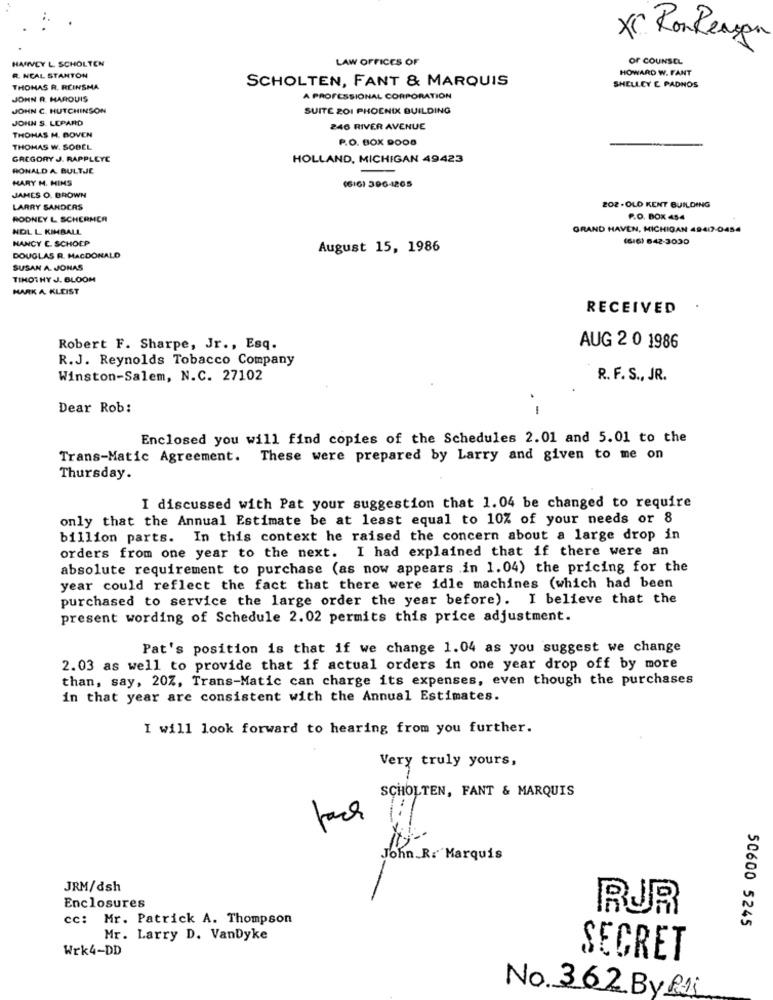
XC RonReagan
HARVEY L. SCHOLTEN
LAW OFFICES OF
of COUNSEL
HOWARD W. FANT
R. NCAL STANTON
SCHOLTEN, FANT & MARQUIS
SHELLEY EC PADNOS
THOMAS R. REINSMA
JOHN R. HAROUIS
A PROFESSIONAL CORPORATION
JOHN C. HUTCHINSON
SUITE 201 PHOENIX BUILDING
JOHN S. LEPARD
246 RIVER AVENUE
THOMAS M. BOVEN
P.O. BOX DOOS
THOMAS W. SODEL
GREGORY J. RAPPLEYE
HOLLAND, MICHIGAN 49423
RONALD A. BULTJE
HARY M. HINS
(616) 3964265
JAMES O. BROWN
LARRY SANDERS
202-OLD KENT BUILDING
RODNEY L SCHERMER
P.O. BOX 454
NOL L KIMBALL
GRAND HAVEN, MICHIGAN 49417-0454
NANCY C. SCHOEP
(6/6) 642-3030
August 15, 1986
DOUGLAS R. MACDONALD
SUSAN A. JONAS
TIMOTHY J. BLOOM
MARK A KLEIST
RECEIVED
Robert F. Sharpe, Jr ., Esq.
AUG 2 0 1986
R.J. Reynolds Tobacco Company
Winston-Salem, N.C. 27102
R. F. S ., JR.
Dear Rob:
Enclosed you will find copies of the Schedules 2.01 and 5.01 to the
Trans-Matic Agreement. These were prepared by Larry and given to me on
Thursday.
I discussed with Pat your suggestion that 1.04 be changed to require
only that the Annual Estimate be at least equal to 10% of your needs or 8
billion parts. In this context he raised the concern about a large drop in
orders from one year to the next. I had explained that if there were an
absolute requirement to purchase (as now appears .in 1.04) the pricing for the
year could reflect the fact that there were idle machines (which had been
purchased to service the large order the year before). I believe that the
present wording of Schedule 2.02 permits this price adjustment.
Pat's position is that if we change 1.04 as you suggest we change
2.03 as well to provide that if actual orders in one year drop off by more
than, say, 20Z, Trans-Matic can charge its expenses, even though the purchases
in that year are consistent with the Annual Estimates.
I will look forward to hearing from you further.
Very truly yours,
SCHOLTEN, FANT & MARQUIS
John R. Marquis
JRM/dsh
Enclosures
RUR
cc: Mr. Patrick A. Thompson
50600 5245
Mr. Larry D. VanDyke
Wrk4-DD
SECRET
No. 362 By Raj